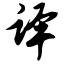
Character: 译